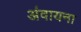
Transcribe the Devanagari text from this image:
अंवायना